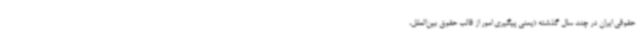
حقوقی ایران در چند سال گذشته (یعنی پیگیری امور از قالب حقوق بین‌الملل،